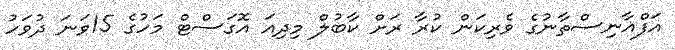
އަފްޣާނިސްތާނުގެ ވެރިކަން ކުރާ ރަށް ކާބުލް މިދިއަ އޮގަސްޓް މަހުގެ 15ވަނަ ދުވަހު